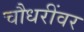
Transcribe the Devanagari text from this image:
चौधरींवर